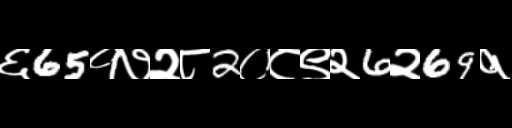
Text: ६65१७२८2०८९२6२69१